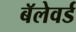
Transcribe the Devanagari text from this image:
बॅलेवर्ड